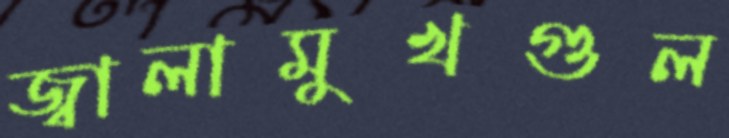
জ্বালামুখগুল